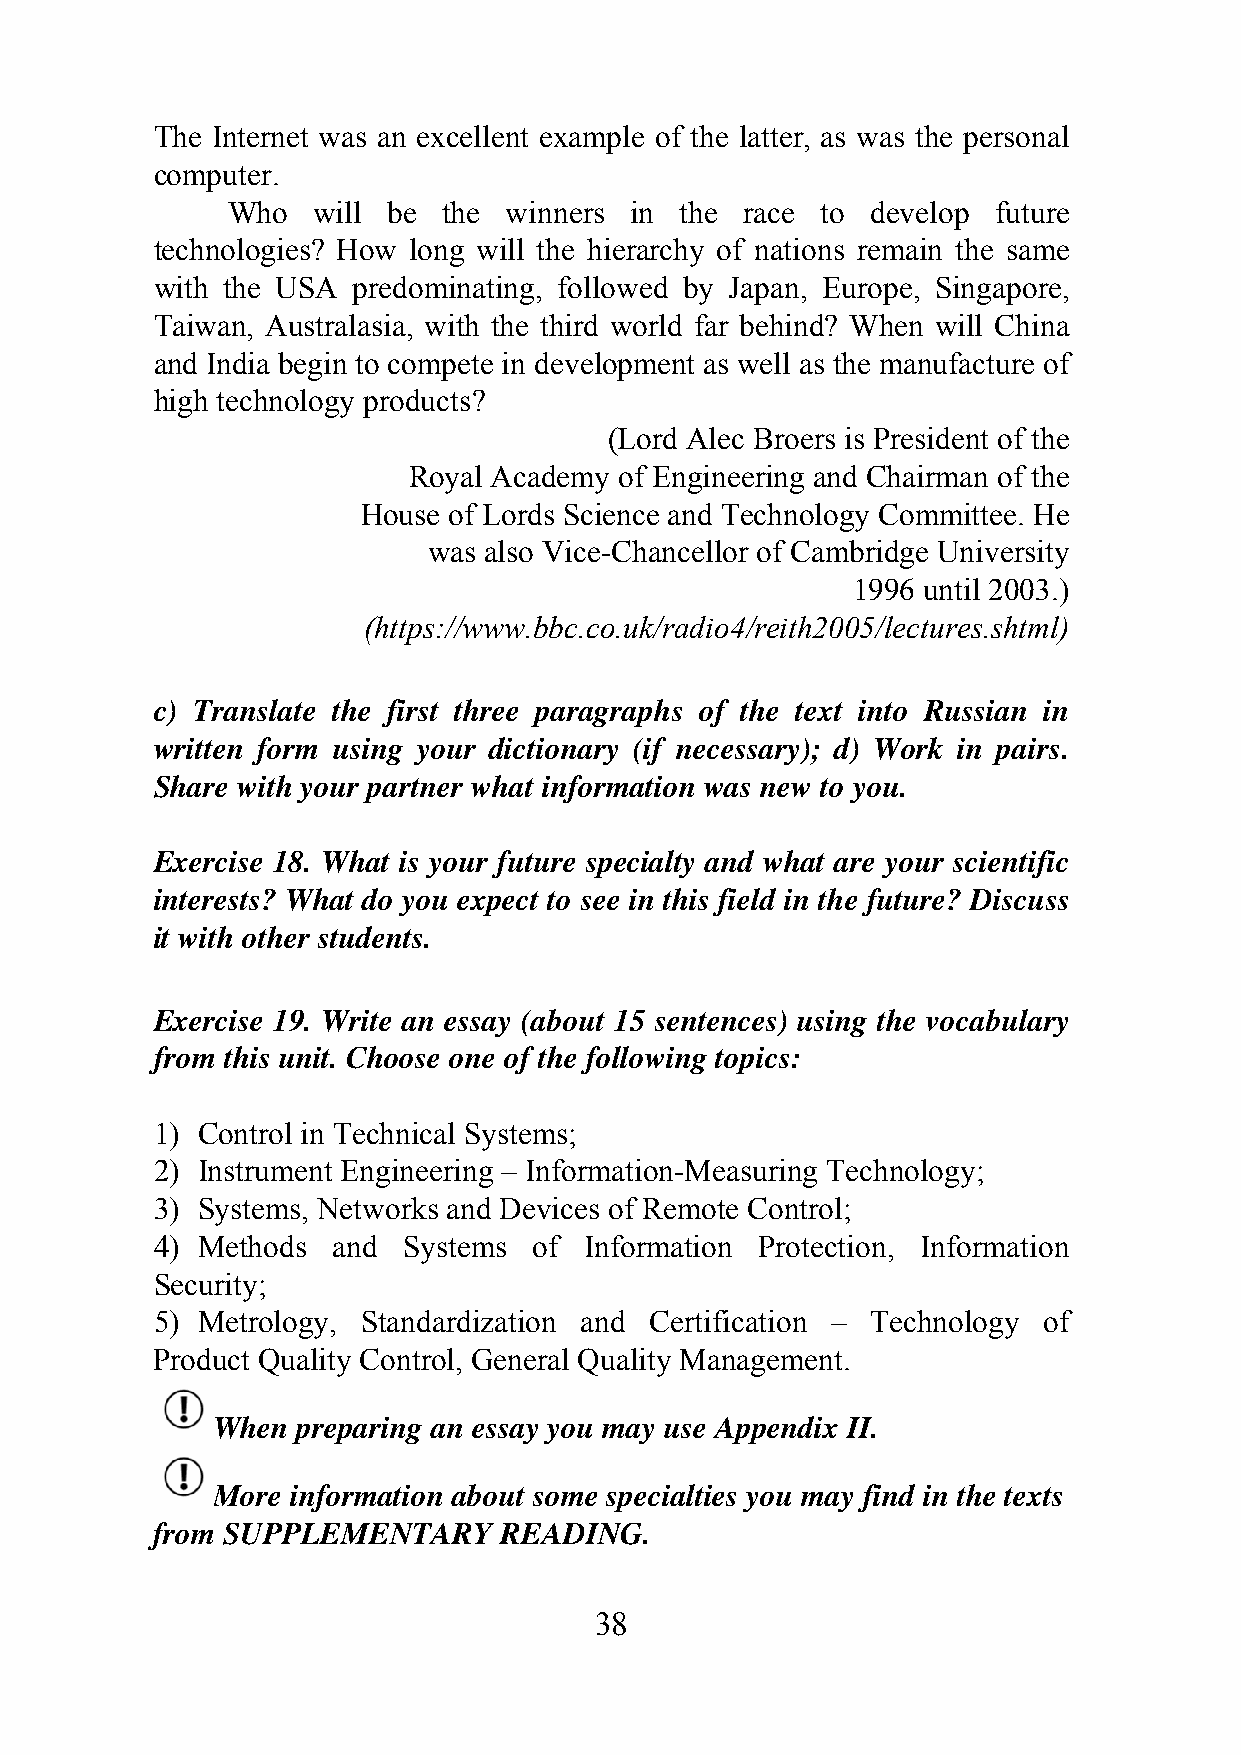
The Internet was an excellent example of the latter, as was the personal
 computer.
 Who   will be the winners  in the race to  develop future
 technologies? How long will the hierarchy of nations remain the same
 with the USA predominating, followed by Japan, Europe, Singapore,
 Taiwan, Australasia, with the third world far behind? When will China
 and India begin to compete in development as well as the manufacture of
 high technology products?
 (Lord Alec Broers is President of the
 Royal Academy of Engineering and Chairman of the
 House of Lords Science and Technology Committee. He
 was also Vice-Chancellor of Cambridge University
 1996 until 2003.)
 (https://www.bbc.co.uk/radio4/reith2005/lectures.shtml)
 c) Translate the first three paragraphs of the text into Russian in
 written form using your dictionary (if necessary); d) Work in pairs.
 Share with your partner what information was new to you.
 Exercise 18. What is your future specialty and what are your scientific
 interests? What do you expect to see in this field in the future? Discuss
 it with other students.
 Exercise 19. Write an essay (about 15 sentences) using the vocabulary
 from this unit. Choose one of the following topics:
 1) Control in Technical Systems;
 2) Instrument Engineering – Information-Measuring Technology;
 3) Systems, Networks and Devices of Remote Control;
 4) Methods  and  Systems of  Information Protection, Information
 Security;
 5) Metrology, Standardization and Certification – Technology of
 Product Quality Control, General Quality Management.
 When  preparing an essay you may use Appendix II.
 More information about some specialties you may find in the texts
 from SUPPLEMENTARY     READING.
 38